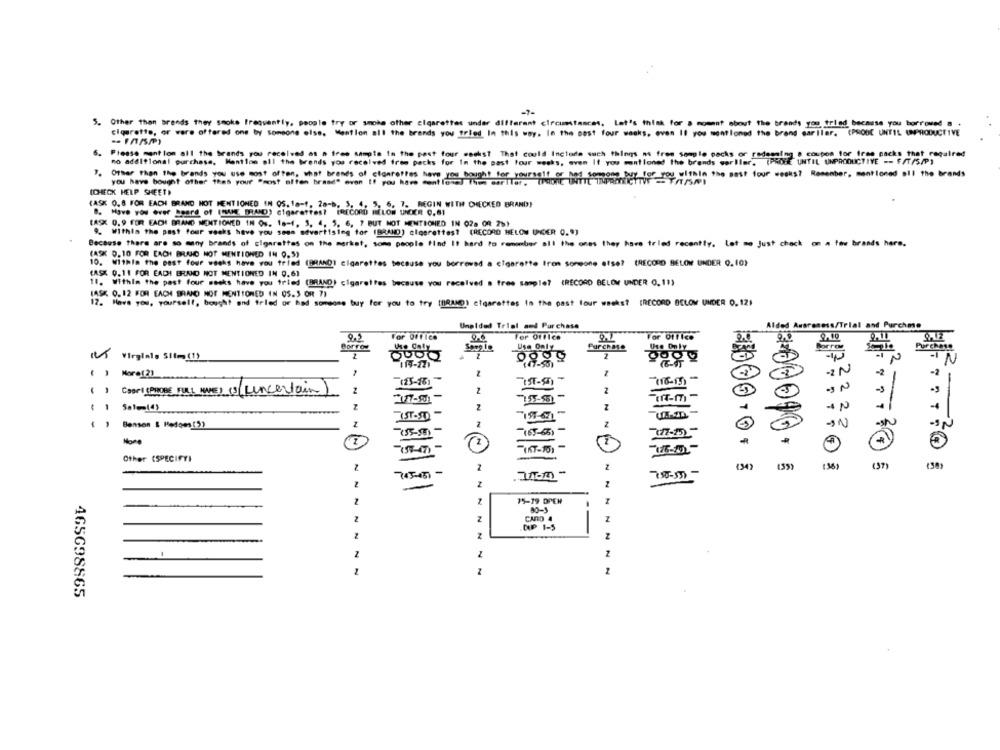
-7-
5. Other than Brands they smoke Frequently, people try or smoke other cigarettes under different circumstances. Let's think for a moment about the brands you tried because you borrowed a .
cigarette, or were offered one by someone else. Mention all the brands you fried In this way. In the past four weeks, even If you mentioned the brand sar Ilar. (PROBE UNTIL UNPRODUCTIVE
6.
Please mention all the brands you received as a free sample In the past four weeks? That could Include such things as fres sample packs or redeming s coupes for free packs that required
no additional purchase, Mention all the bends you received from packs for In the past four weeks, even If you mentioned the brands veriler. (PROBE UNTIL UNPRODUCTIVE -- F/T/S/P)
you within the past four weeks? Remember, mentioned all the brands
". Other than the brands you use most often, what brands of clonrefres here you bought for yourself er hos senseso fres
you have bought ofher thas your "most often brasd" even If you have cent long. Then sar|Ter. IPHONE
(CHECK HELP SHEET)
(ASK 0.8 FOR EADI BRAND NOT MENTIONED IN 05. 18-f, 28-b, 3, 4, 5, 6, 7. REGIN WITH CHECKED BRAND)
8. Have You ever board of (NAME BRAND) cigarettes? IRECORD MELON UNCER 0.61
LAS 0.9 FOR EACH BRAND MENTIONED IN Os. 18-4, 3, 4, 5, 6, 7 BUT NOT MENTIONED IN 028 00 26)
9. Within the past four weeks have you sees advertising for IBRAND) ologrettest (RECORD HELOW UNDER 0.9)
Because there are so many brands of cigarettes on the market, some people find It hard to remember all the ones they have tried recently. Let me Just check on a few brands hare.
(ASK 0.10 FOR EACH BRUNICO NOT MENTIONED IN 9.5)
10. Within the best four weeks have you tried (BRAND) cigarettes because you borrowed a cigarette from someone else? (RECORD BELOW UNDER 0. 10)
LASK 0.11 FOR EACH BRAND NOT MENTIONED IN 0.61
11. Within the past four weeks have you tried (BRAND) cigarettes because you received a free sample? (RECORD BELOW UNDER 0.11)
IASK 0. 12 FOR EACH BRAND NOT MENTIONED IN 05.3 OR 7)
17. Have you, yourself, bought and fried or had someone bouy for you to try (BRAND) cigarettes in the past four weeks? [RECORD BELOW UNDER 0. 12)
UnaIded Trial and Purchase
Alded Awareness/Trial and Purchme
9.5
For office
0.6
For Office
For Office
Borrow
Use Only
2
M Virgials Slim(!)
-IN
119-221
Z
-2
-2
(16-15)
-
( ) Court (PROBE FULL TIME) (3 (uncertain)
2
-
Z
Z
( ) Benson & Hedoes(5)
N
7.67-65)
More
Other (SPECIFY)
Z
(34)
(37)
745-451 -
(36)
(38)
78-3-
Z
2
Z
2
15-19 DPEN
Z
Z
CAIO A
DUP 1-5
NN
Z
Z
Z
2
Z
465698865